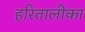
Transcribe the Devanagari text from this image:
हरितालीका